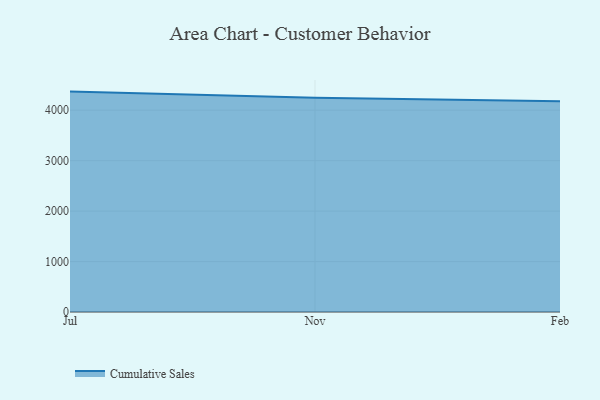
{"axis": {"x": "Month", "y": "Bounce Rate (%)"}, "legend": ["Cumulative Sales"], "data": [{"x": "Jul", "y": 4368.8, "type": "Cumulative Sales"}, {"x": "Nov", "y": 4246.8, "type": "Cumulative Sales"}, {"x": "Feb", "y": 4176.8, "type": "Cumulative Sales"}]}